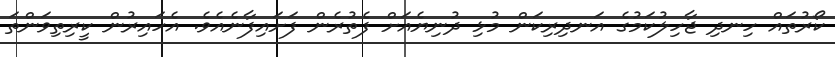
ކޯރުތައް ހިނދި ޖާހިލުކަމުގެ އަނދިރިކަން މުޅި ދުނިޔެއަށް ފެތުރެން ފަށައިފާނެއެވެ. އެހައިރުން ކީރިތިވަންތަ